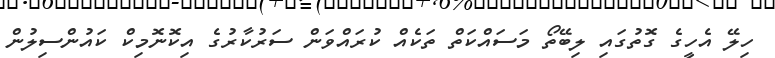
ހިލޭ އެހީގެ ގޮތުގައި ލިބޭތޯ މަސައްކަތް ތަކެއް ކުރައްވަން ސަރުކާރުގެ އިކޮނޮމިކް ކައުންސިލުން